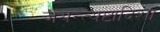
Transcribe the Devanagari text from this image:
जयन्त्यष्टादिशा